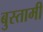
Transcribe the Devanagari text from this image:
बुस्तामी